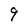
Character: 9